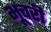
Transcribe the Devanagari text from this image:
भूचरी